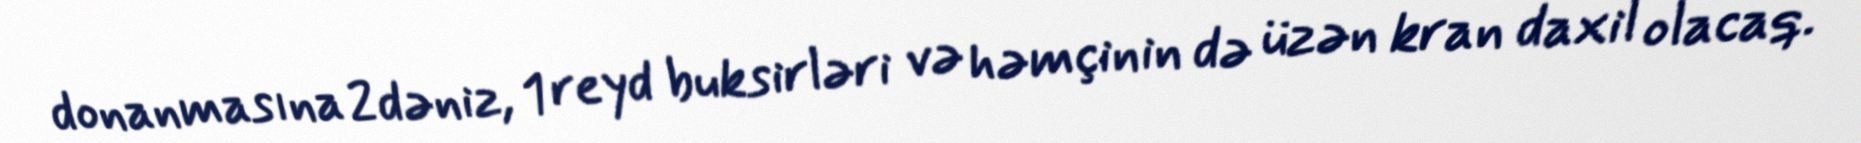
donanmasına 2 dəniz, 1 reyd buksirləri və həmçinin də üzən kran daxil olacaq.